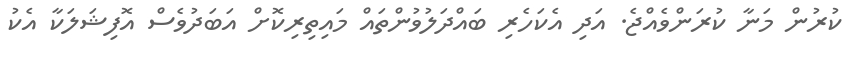
ކުރުން މަނާ ކުރަންވެއްޖެ. އަދި އެކަހެރި ބައްދަލުވުންތައް މައިތިރިކޮށް އަބަދުވެސް އޮފިޝަލަކާ އެކު